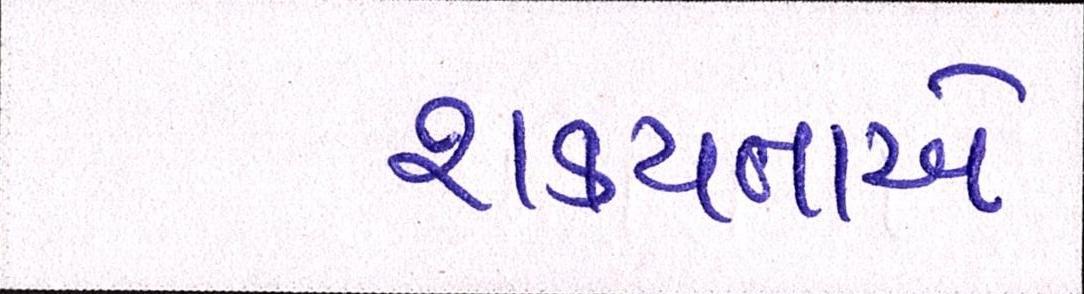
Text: શક્યતાએ